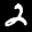
Label: 2